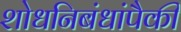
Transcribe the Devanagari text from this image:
शोधनिबंधांपैकी